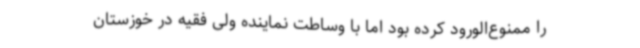
را ممنوع‌الورود کرده بود اما با وساطت نماینده ولی فقیه در خوزستان